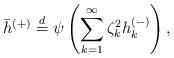
LaTeX: \begin{align*} \bar h^{(+)}\stackrel{d}{=} \psi\left(\sum_{k=1}^\infty \zeta_k^2h_k^{(-)}\right),\end{align*}